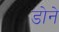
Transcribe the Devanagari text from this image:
डोने